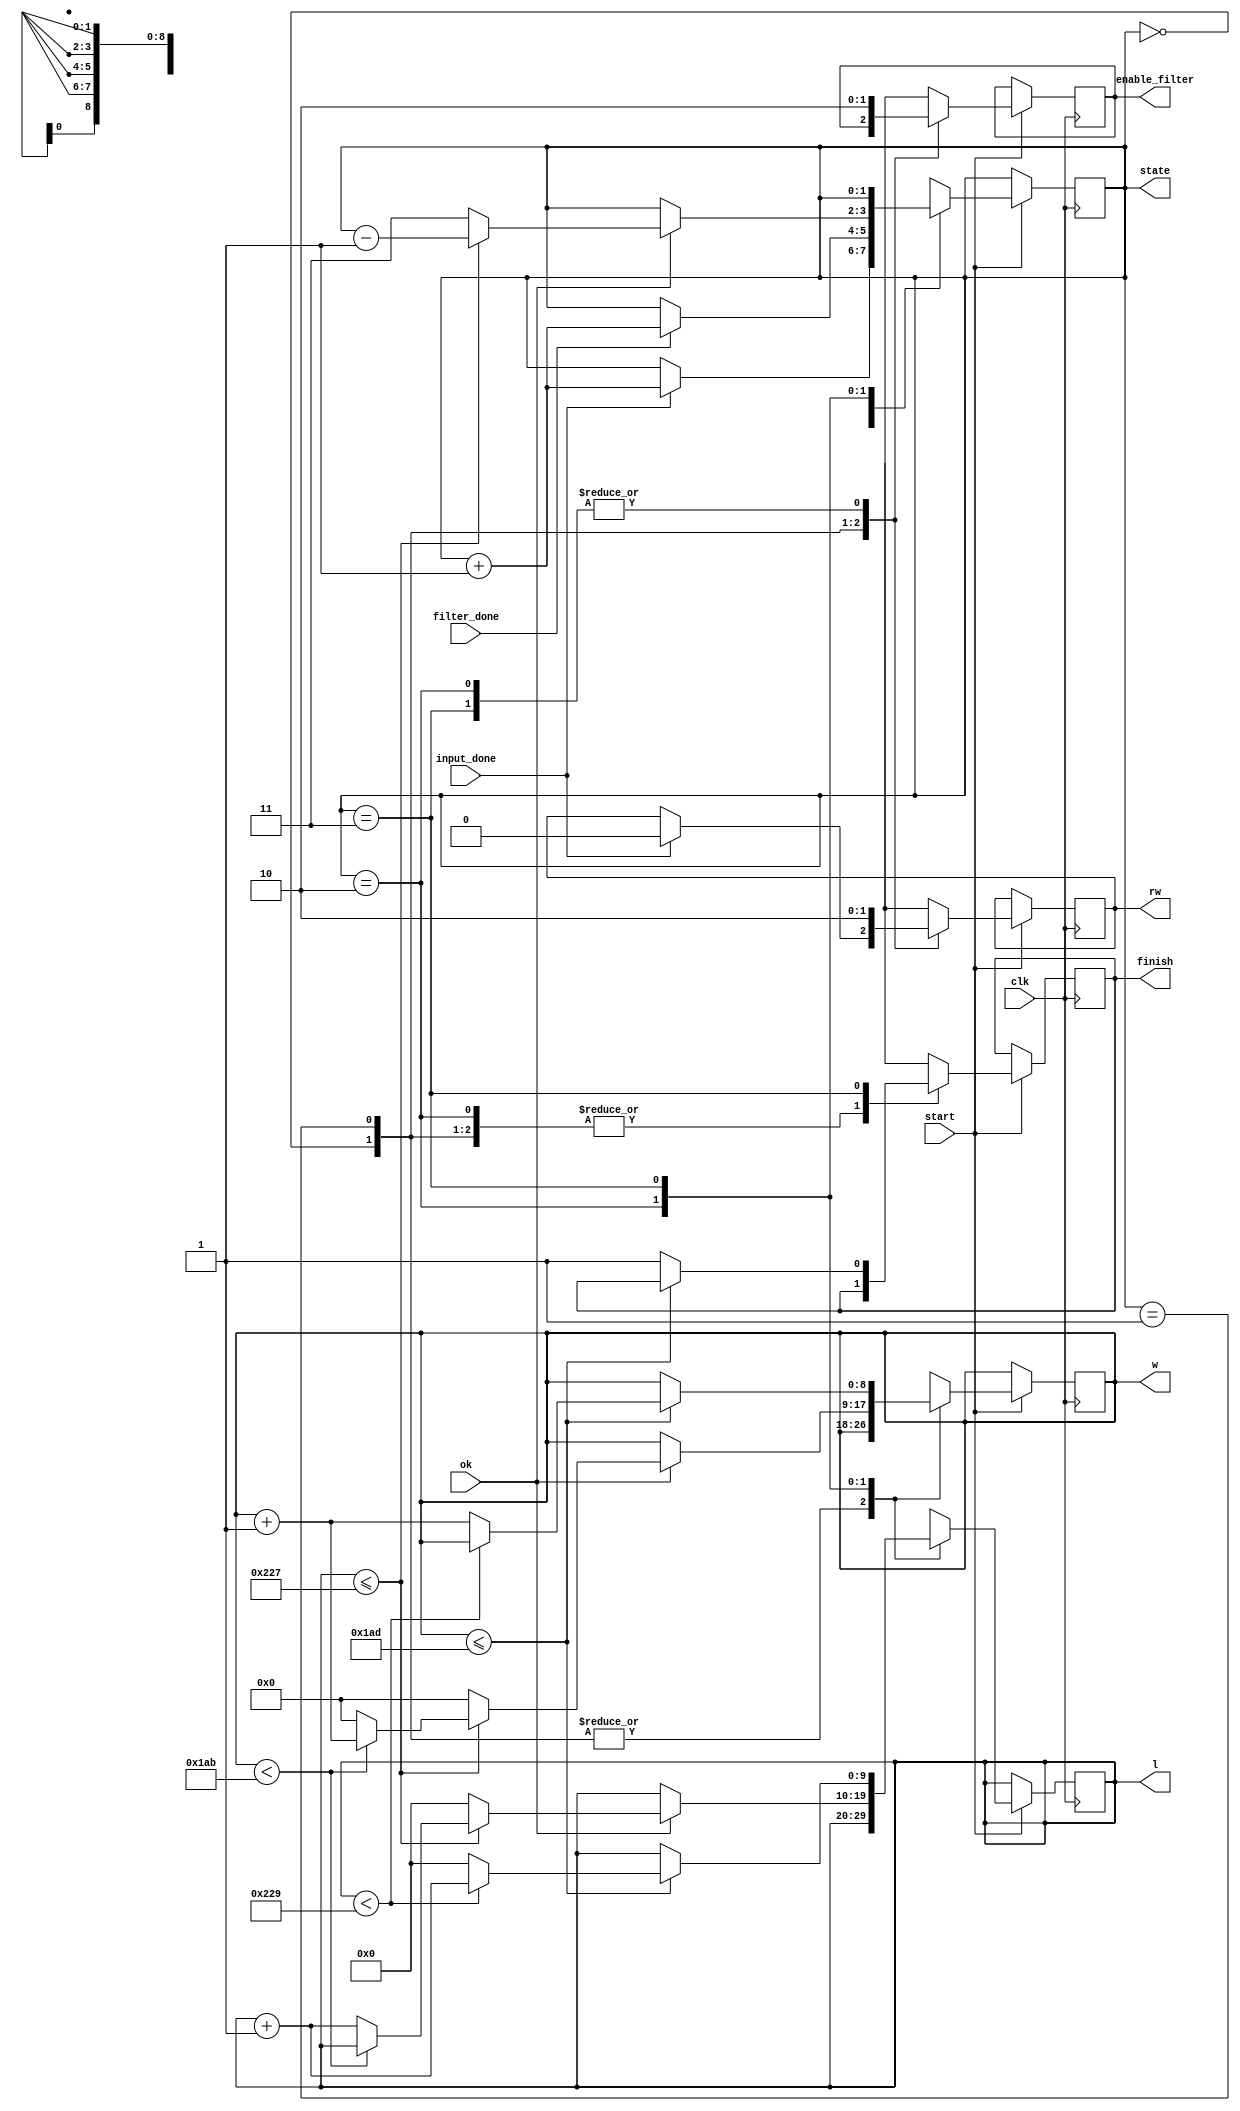
module pc(
  input clk, start, input_done, filter_done, ok,
  output  [8:0] w,
  output  [9:0] l,
  output reg enable_filter, rw, finish,
  output  [1:0] state 
  );

parameter width = 430;
parameter length = 554;

reg [1:0] step;
reg [8:0] wid;
reg [9:0] len;

assign state = step;
assign w = wid;
assign l = len;

initial begin
    step = 0;
    wid = 0;
    len = 0;
    enable_filter = 0;
    rw = 0;
    finish = 0;
end

always @(posedge clk) begin
    if(start) 
        case(step)
        2'd0: if(input_done) begin // input_img is ready, start filtering
              step = step + 1;
              rw = 0;
           end
        2'd1: begin
           enable_filter = 1;
           rw = 1;
           if(filter_done) 
              step = step + 1;
           end
        2'd2: begin  // increase w, l after done filtering, begin changing mem
              enable_filter = 0;
              rw = 0;
              if(ok) begin
                  if(len <= length - 3) begin
                      if(wid < width - 3) 
                          wid = wid + 1;
                      else begin
                          wid = 0;
                          len = len + 1;
                      end
                      step = step - 1;
                  end
                  else begin //jumps to state 3 if done filtering all pixel
                      len = 0;
                      wid = 0;
                      step = 3;
                  end
              end
          end
        2'd3:begin  //done filtering => begin reading all pixel into text file
              enable_filter = 0;
              rw = 0;
              if(wid <= width - 1) begin
                  if(len < length - 1) 
                      len = len + 1;
                  else begin
                      len = 0;
                      wid = wid + 1;
                  end
              end
              else 
                  finish = 1;
        end
        endcase
end
endmodule